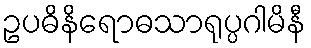
ဥပဓိနိရောဓသာရုပ္ပဂါမိနီ